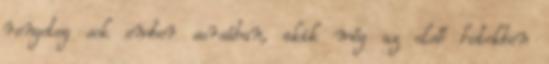
rengeteg sok ember sorsában, akik még az első hetekben